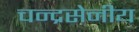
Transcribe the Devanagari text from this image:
चन्द्रसेनीय